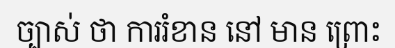
ច្បាស់ ថា ការរំខាន នៅ មាន ព្រោះ